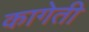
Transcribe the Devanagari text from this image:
कागेती